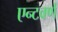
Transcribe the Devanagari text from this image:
एन्टवर्ण